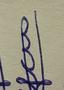
Signature authenticity: genuine